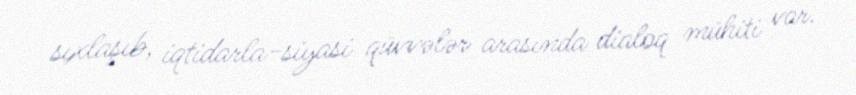
sıxlaşıb, iqtidarla-siyasi qüvvələr arasında dialoq mühiti var.